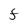
Character: F